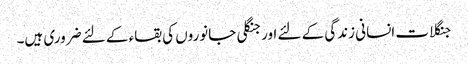
جنگلات انسانی زندگی کے لئے اورجنگلی جانوروں کی بقاء کے لئے ضروری ہیں۔